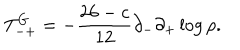
LaTeX: T _ { - + } ^ { G } = - \frac { 2 6 - c } { 1 2 } \partial _ { - } \partial _ { + } \log \rho .